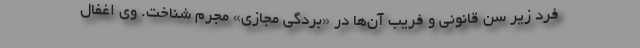
فرد زیر سن قانونی و فریب آن‌ها در «بردگی مجازی» مجرم شناخت. وی اغفال